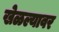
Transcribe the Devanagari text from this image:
खेळल्यावर